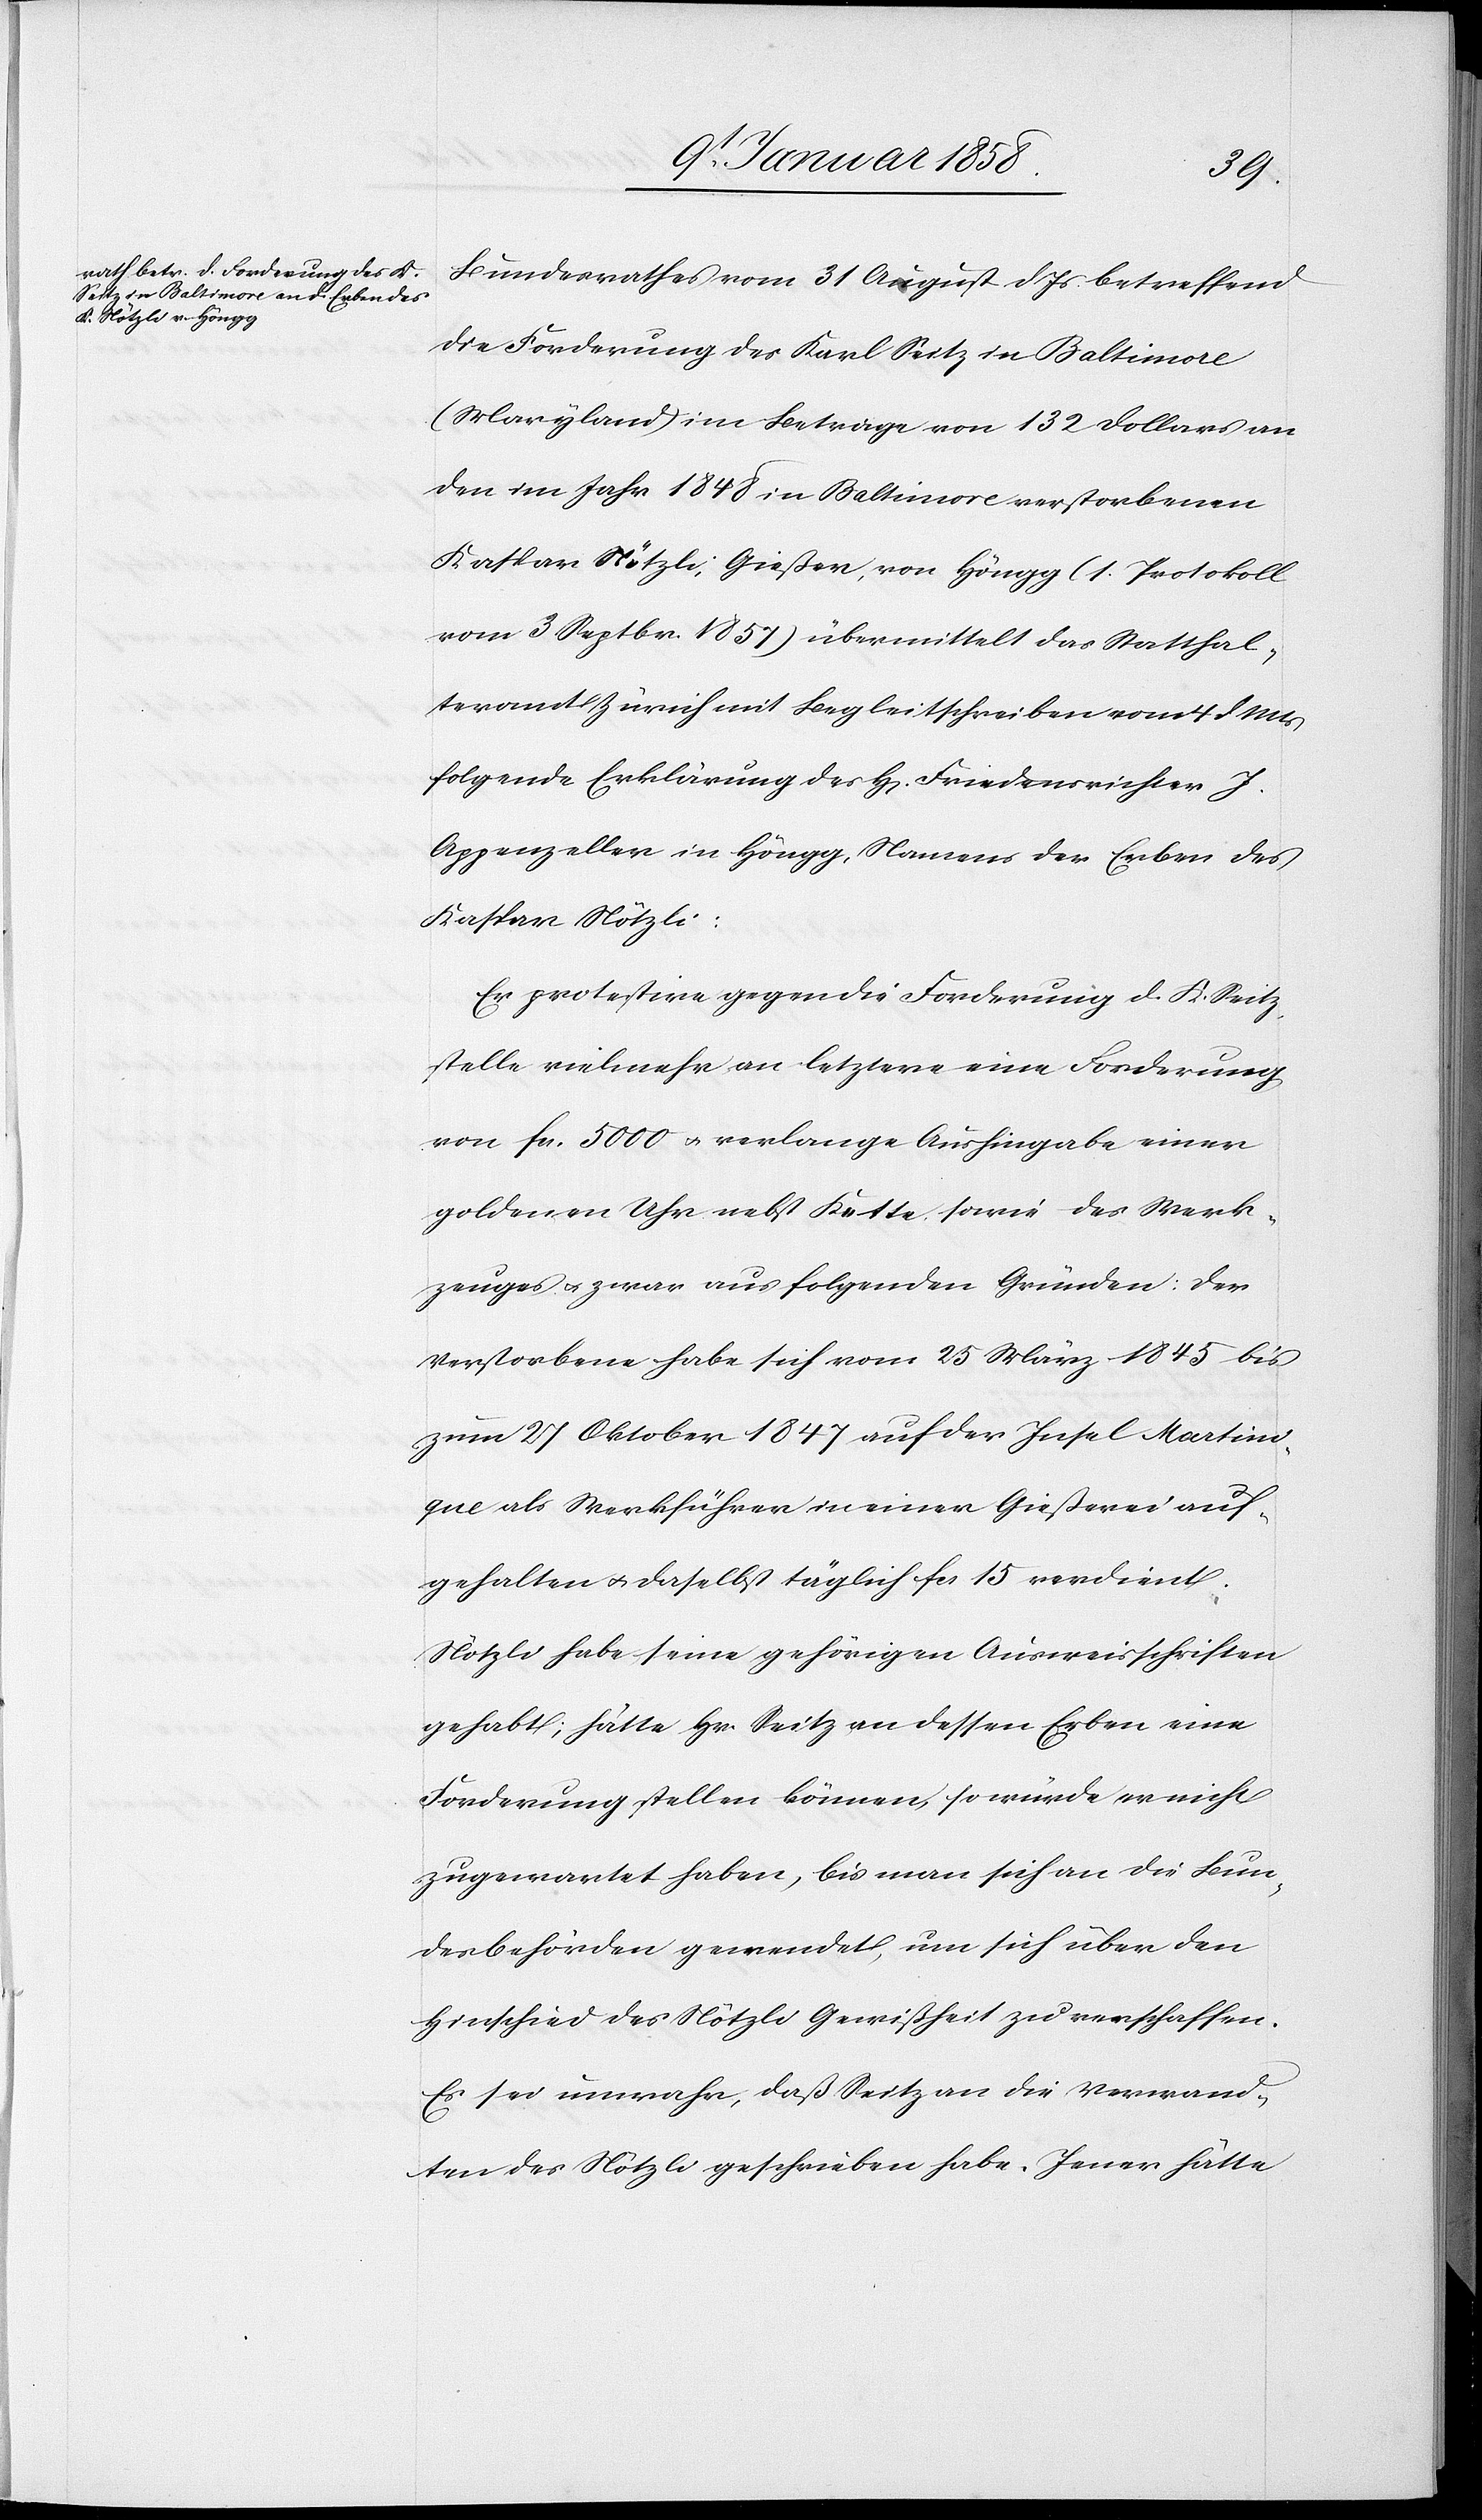
Bundesrathes vom 31 August d Js. betreffend
die Forderung des Karl Seitz in Baltimore
(Maryland) im Betrage von 132 Dollars an
den im Jahr 1848 in Baltimore verstorbenen
Kaspar Nötzli, Gießer, von Höngg (1. Protokoll
vom 3 Septbr 1857) übermittelt das Statthal¬
teramt Zürich mit Begleitschreiben vom 4 d Mts
folgende Erklärung des H[errn] Friedensrichter J.
Appenzeller in Höngg, Namens der Erben des
Kaspar Nötzli:
Er protestire gegen die Forderung d. K. Seitz
stelle vielmehr an letztere[n] eine Forderung
von fcs. 5000 u. verlange Aushingabe einer
goldenen Uhr nebst Kette sowie des Werk¬
zeuges u. zwar aus folgenden Gründen: Der
Verstorbene habe sich vom 25 März 1845 bis
zum 27 Oktober 1847 auf der Insel Martini¬
que als Werkführer in einer Gießerei auf¬
gehalten u. daselbst täglich fcs 15 verdient;
Nötzli habe seine gehörigen Ausweisschriften
gehabt; hätte Hr. Seitz an dessen Erben eine
Forderung stellen können, so würde er nicht
zugewartet haben, bis man sich an die Bun¬
desbehörden gewendet, um sich über den
Hinschied des Nötzli Gewißheit zu verschaffen.
Es sei unwahr, daß Seitz an die Verwand¬
ten des Nötzli geschrieben habe. Jener hätte